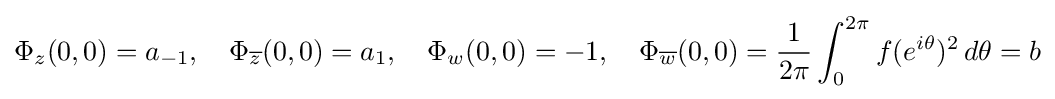
\Phi _{z}(0,0)=a_{-1},\quad \Phi _{\overline {z}}(0,0)=a_{1},\quad \Phi _{w}(0,0)=-1,\quad \Phi _{\overline {w}}(0,0)={1 \over 2\pi }\int _{0}^{2\pi }f(e^{i\theta })^{2}\,d\theta =b